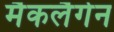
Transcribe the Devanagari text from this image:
मैकलैगेन